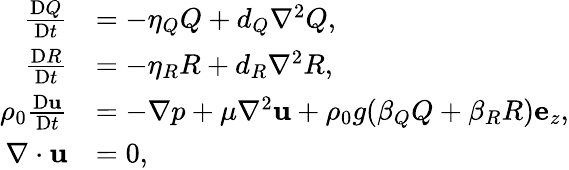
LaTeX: \begin{array}{rl}{\frac{\mathrm{D}Q}{\mathrm{D}t}}&{=-\eta_{Q}Q+d_{Q}\nabla^{2}Q,}\\ {\frac{\mathrm{D}R}{\mathrm{D}t}}&{=-\eta_{R}R+d_{R}\nabla^{2}R,}\\ {\rho_{0}\frac{\mathrm{D}\mathbf{u}}{\mathrm{D}t}}&{=-\nabla p+\mu\nabla^{2}\mathbf{u}+\rho_{0}g(\beta_{Q}Q+\beta_{R}R)\mathbf{e}_{z},}\\ {\nabla\cdot\mathbf{u}}&{=0,}\end{array}